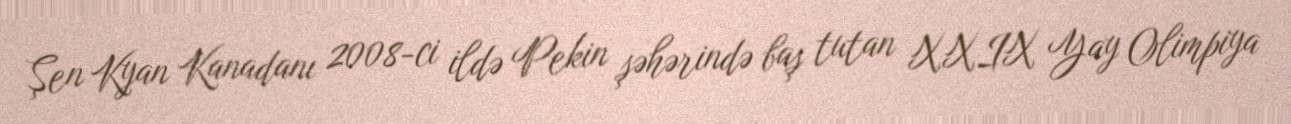
Şen Kyan Kanadanı 2008-ci ildə Pekin şəhərində baş tutan XXIX Yay Olimpiya